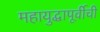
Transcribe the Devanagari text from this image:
महायुद्धापूर्वीची